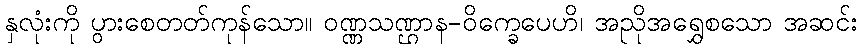
နှလုံးကို ပွားစေတတ်ကုန်သော။ ဝဏ္ဏသဏ္ဌာန-ဝိက္ခေပေဟိ၊ အညိုအရွှေစသော အဆင်း